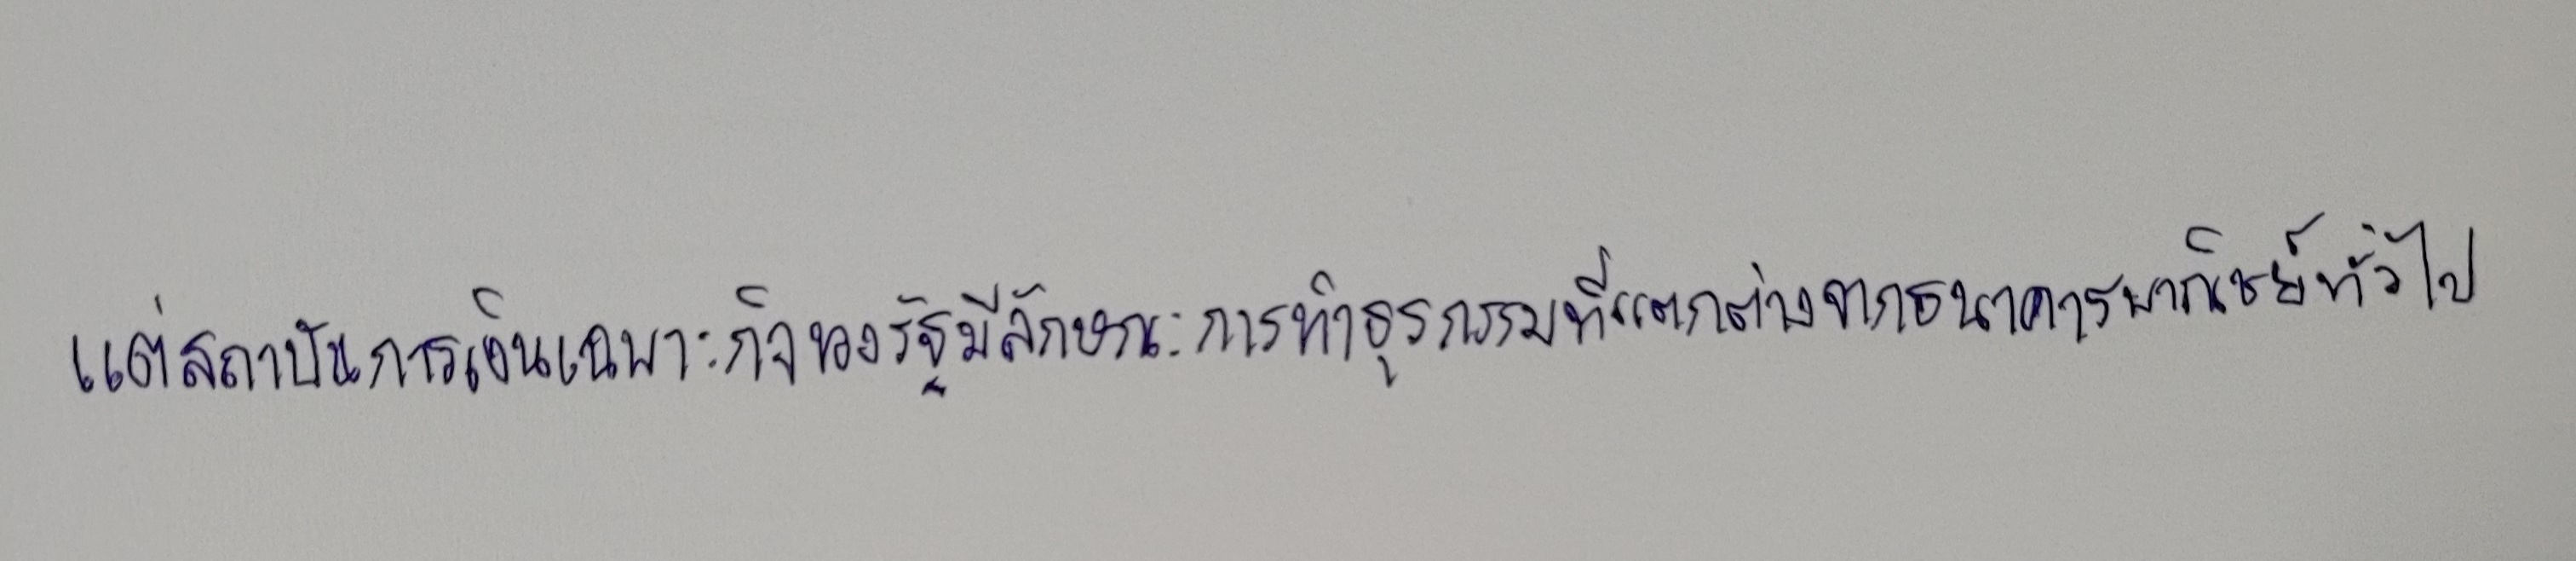
แต่สถาบันการเงินเฉพาะกิจของรัฐมีลักษณะการทำธุรกรรมที่แตกต่างจากธนาคารพาณิชย์ทั่วไป